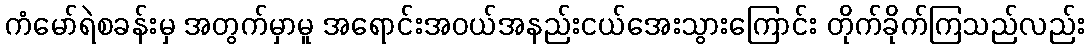
ကံမော်ရဲစခန်းမှ အတွက်မှာမူ အရောင်းအဝယ်အနည်းငယ်အေးသွားကြောင်း တိုက်ခိုက်ကြသည်လည်း